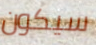
سيكون